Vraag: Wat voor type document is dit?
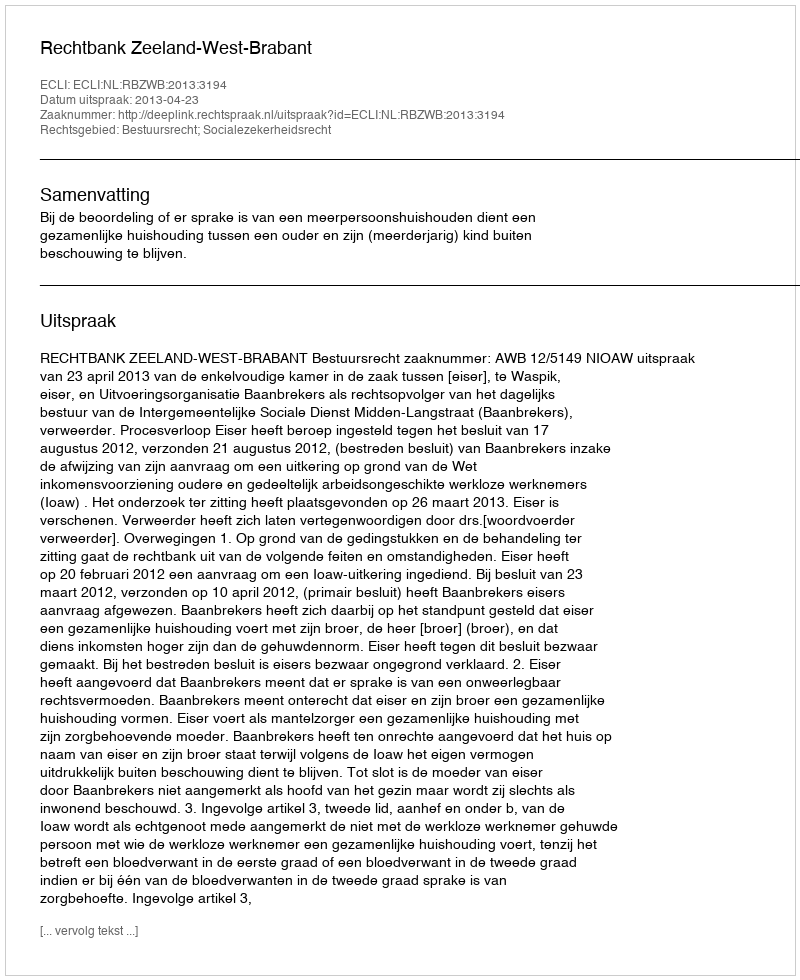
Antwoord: Uitspraak